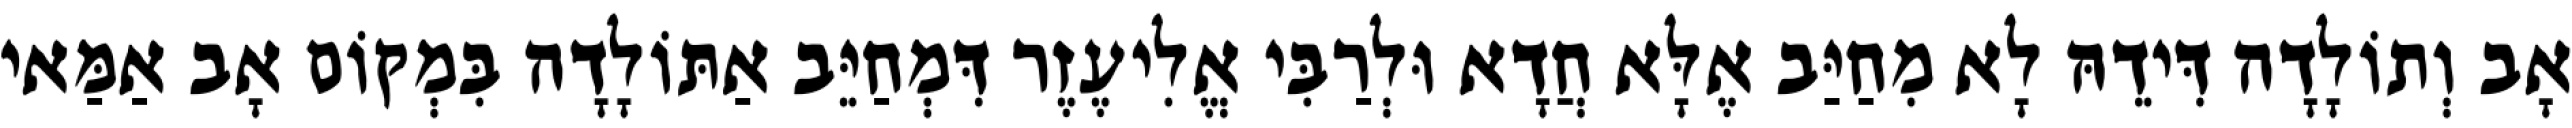
אָב וְתוֹלָדָה דִּידֵהּ לָא מִחַיַּב אֶלָּא חֲדָא וּלְרַבִּי אֱלִיעֶזֶר דִּמְחַיֵּב אַתּוֹלָדָה בִּמְקוֹם אָב אַמַּאי